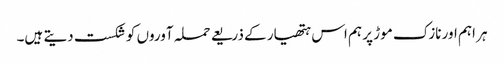
ہر اہم اور نازک موڑ پر ہم اس ہتھیار کے ذریعے حملہ آوروں کو شکست دیتے ہیں۔